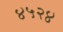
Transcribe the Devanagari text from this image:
४५२४